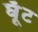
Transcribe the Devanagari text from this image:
घूॅट